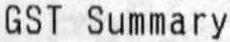
GST SUMMARY